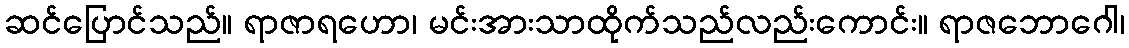
ဆင်ပြောင်သည်။ ရာဇာရဟော၊ မင်းအားသာထိုက်သည်လည်းကောင်း။ ရာဇဘောဂေါ၊